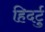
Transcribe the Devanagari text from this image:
हिदर्टु